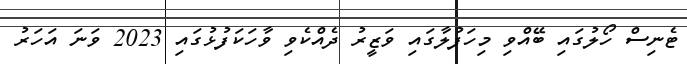
ޓެނިސް ހޯލުގައި ބޭއްވި މިހަފުލާގައި ވަޒީރު ދެއްކެވި ވާހަކަފުޅުގައި 2023 ވަނަ އަހަރު